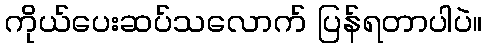
ကိုယ်ပေးဆပ်သလောက် ပြန်ရတာပါပဲ။